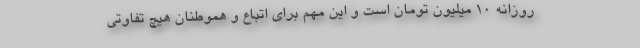
روزانه ۱۰ میلیون تومان است و این مهم برای اتباع و هموطنان هیچ تفاوتی